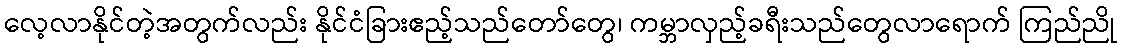
လေ့လာနိုင်တဲ့အတွက်လည်း နိုင်ငံခြားဧည့်သည်တော်တွေ၊ ကမ္ဘာလှည့်ခရီးသည်တွေလာရောက် ကြည်ညို